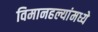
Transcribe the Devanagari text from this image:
विमानहल्यांमध्ये